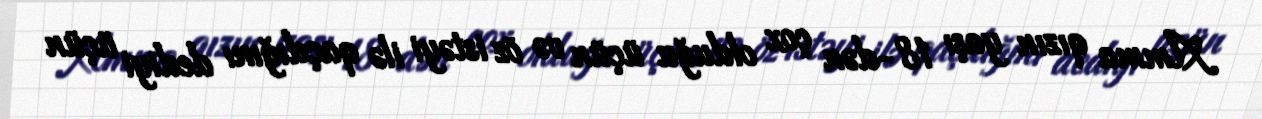
Amma qızın yaşı 18-dən çox olduğu üçün və öz istəyi ilə qaçdığını dediyi üçün